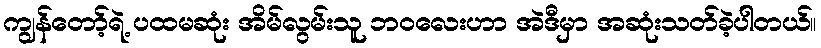
ကျွန်တော့်ရဲ့ ပထမဆုံး အိမ်လွမ်းသူ ဘဝလေးဟာ အဲဒီမှာ အဆုံးသတ်ခဲ့ပါတယ်။